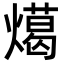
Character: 𭶎